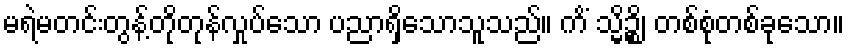
မရဲမတင်းတွန့်တိုတုန်လှုပ်သော ပညာရှိသောသူသည်။ ကိံ သ္မိဉ္စိ၊ တစ်စုံတစ်ခုသော။